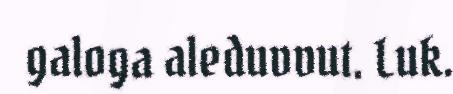
galoga aleduvvut. Luk.